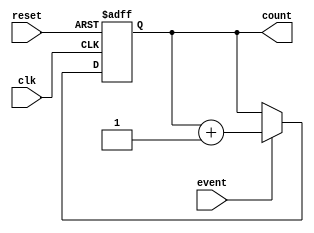
module counter (
    input wire clk,
    input wire reset,
    input wire event,
    output reg [7:0] count // 8-bit counter
);
    always @(posedge clk or posedge reset) begin
        if (reset) begin
            count <= 8'b0; // Reset counter
        end else if (event) begin
            count <= count + 1; // Increment on event
        end
    end
endmodule